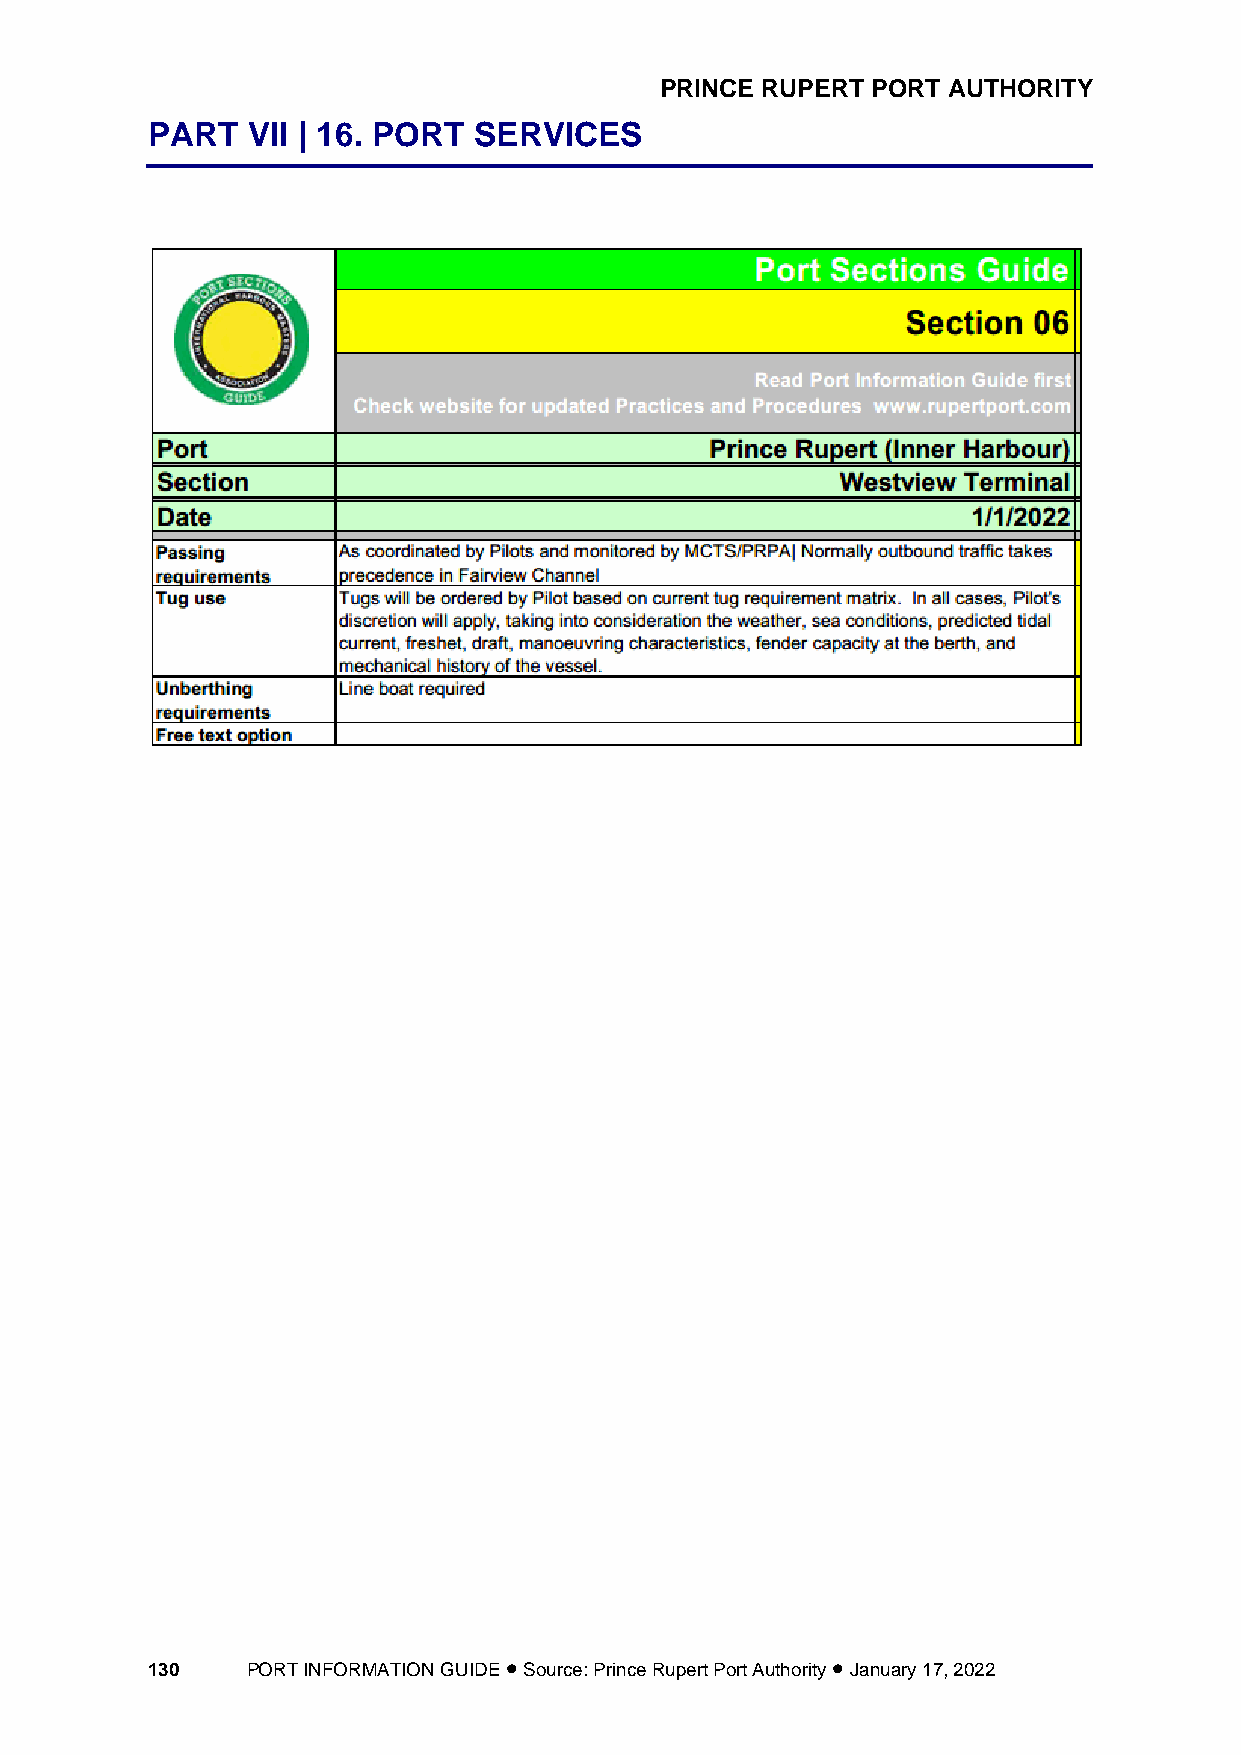
PRINCE RUPERT PORT AUTHORITY
 PART  VII | 16. PORT SERVICES
 130   PORT INFORMATION GUIDE • Source: Prince Rupert Port Authority • January 17, 2022